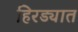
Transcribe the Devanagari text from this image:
हिरड्यात